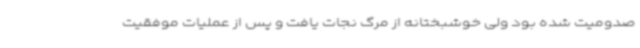
صدومیت شده بود ولی خوشبختانه از مرگ نجات یافت و پس از عملیات موفقیت